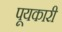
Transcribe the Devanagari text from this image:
पूयकारी